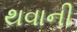
થવાની